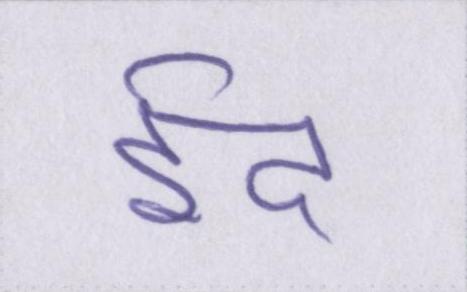
ईद